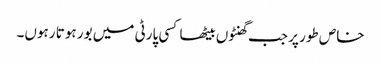
خاص طور پر جب گھنٹوں بیٹھا کسی پارٹی میں بور ہوتا رہوں۔